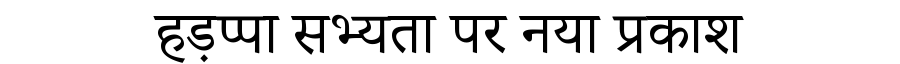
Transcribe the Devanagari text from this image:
हड़प्पा सभ्यता पर नया प्रकाश